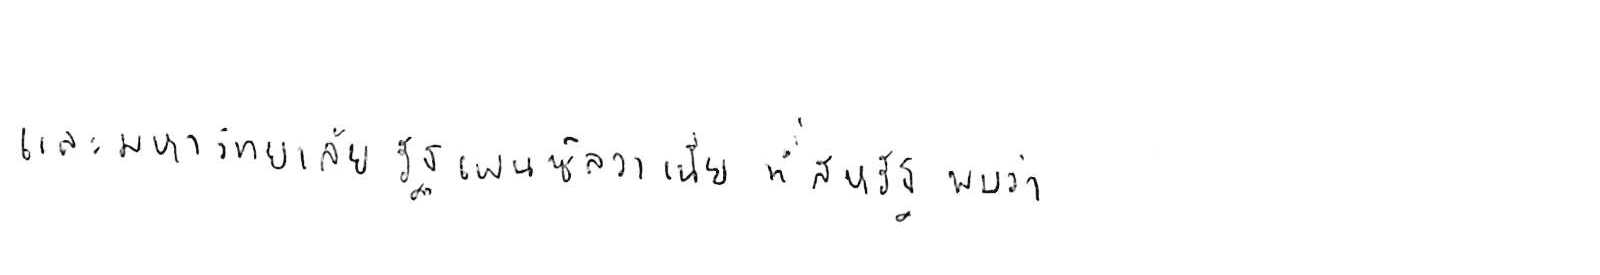
และมหาวิทยาลัยรัฐเพนซิลวาเนีย ที่สหรัฐ พบว่า